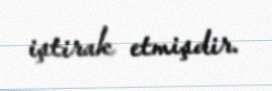
iştirak etmişdir.